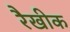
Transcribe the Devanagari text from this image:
रैखीक